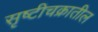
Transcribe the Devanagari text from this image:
सृष्टीचक्रातील